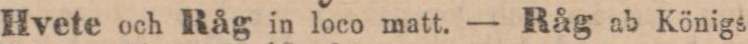
Hvete och Råg in loco matt. — Råg ab Königs-